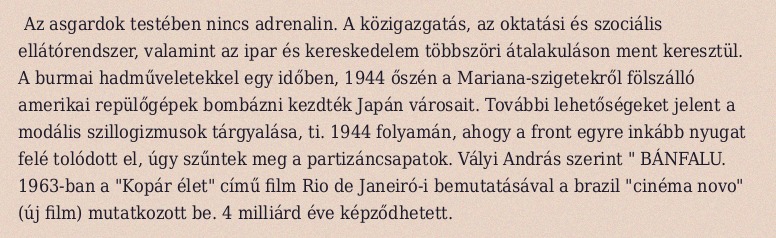
Az asgardok testében nincs adrenalin. A közigazgatás, az oktatási és szociális ellátórendszer, valamint az ipar és kereskedelem többszöri átalakuláson ment keresztül. A burmai hadműveletekkel egy időben, 1944 őszén a Mariana-szigetekről fölszálló amerikai repülőgépek bombázni kezdték Japán városait. További lehetőségeket jelent a modális szillogizmusok tárgyalása, ti. 1944 folyamán, ahogy a front egyre inkább nyugat felé tolódott el, úgy szűntek meg a partizáncsapatok. Vályi András szerint " BÁNFALU. 1963-ban a "Kopár élet" című film Rio de Janeiró-i bemutatásával a brazil "cinéma novo" (új film) mutatkozott be. 4 milliárd éve képződhetett.